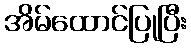
အိမ်ထောင်ပြုပြီး